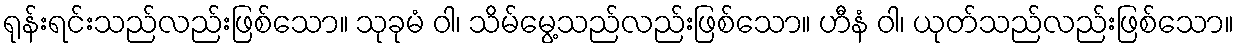
ရုန်းရင်းသည်လည်းဖြစ်သော။ သုခုမံ ဝါ၊ သိမ်မွေ့သည်လည်းဖြစ်သော။ ဟီနံ ဝါ၊ ယုတ်သည်လည်းဖြစ်သော။